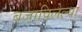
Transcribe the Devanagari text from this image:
बजाविलेल्या